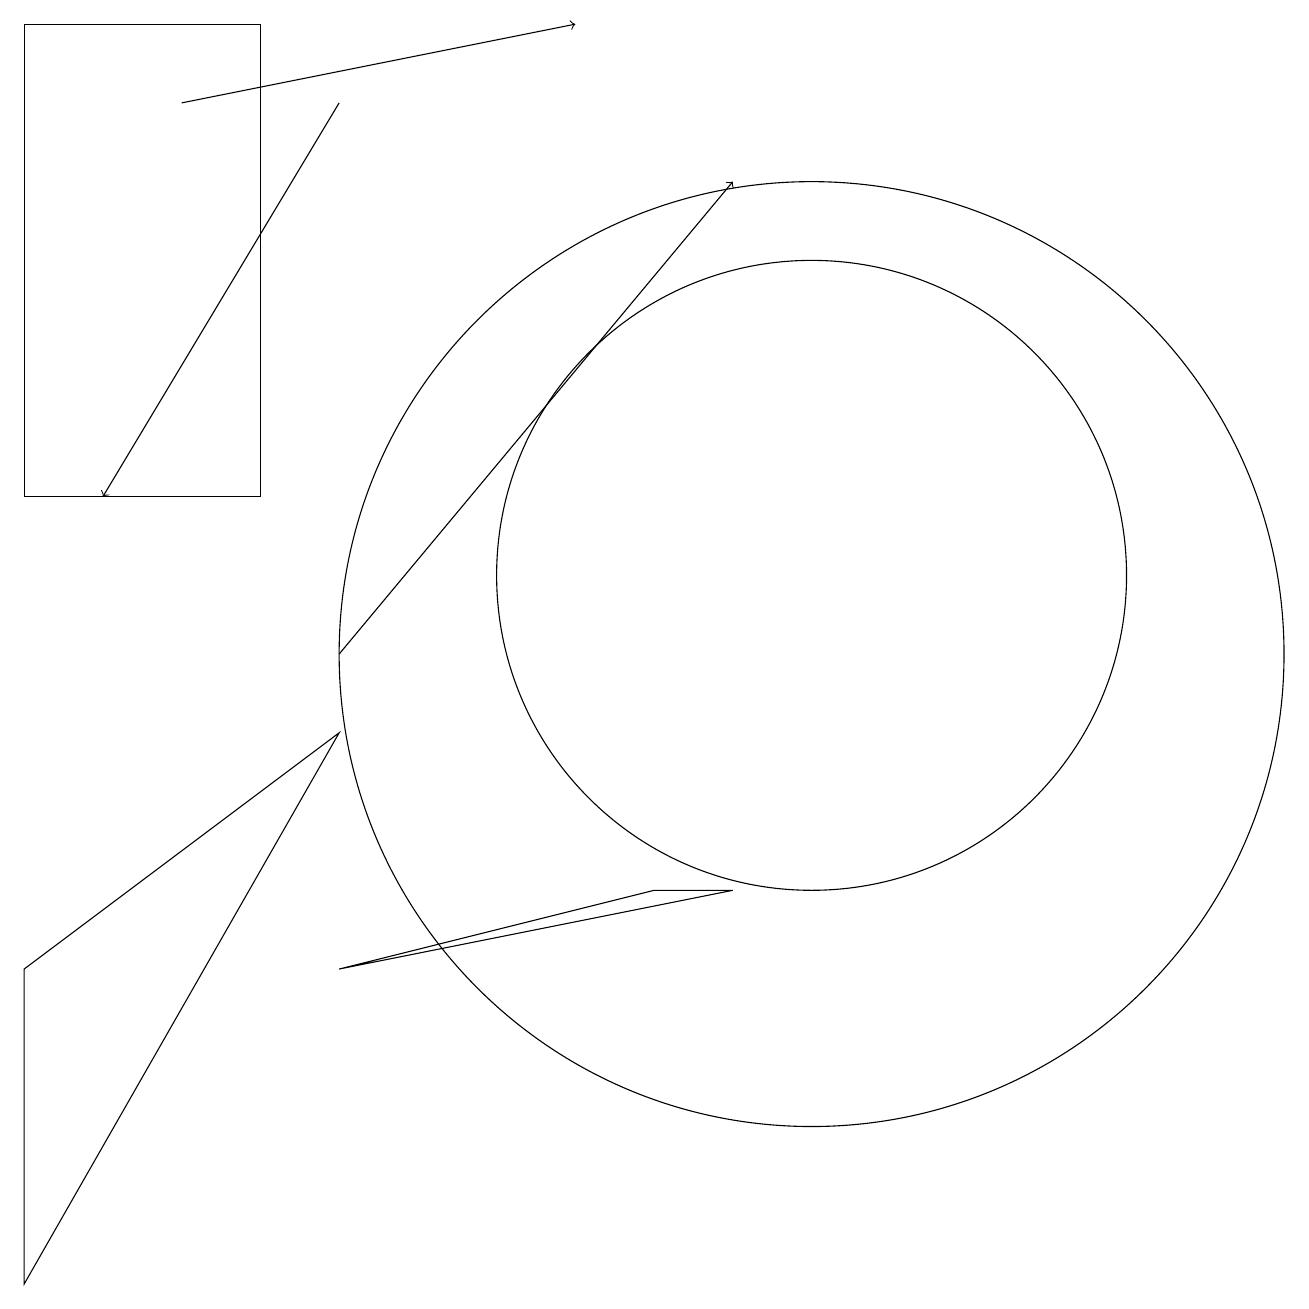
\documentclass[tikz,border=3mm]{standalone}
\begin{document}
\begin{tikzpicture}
\draw (4,9) -- (0,6) -- (0,2) -- cycle;
\draw[->] (4,17) -- (1,12);
\draw (10,11) circle (4);
\draw (9,7) -- (4,6) -- (8,7) -- cycle;
\draw[->] (2,17) -- (7,18);
\draw (10,10) circle (6);
\draw[->] (4,10) -- (9,16);
\draw (0,18) rectangle (3,12);
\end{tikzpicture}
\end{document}